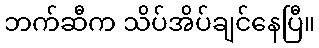
ဘက်ဆီက သိပ်အိပ်ချင်နေပြီ။